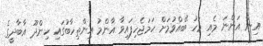
އިން އަންނަ މެއި މަހު ބޭއްވުމަށް ހަމަޖެހިފައިވާ އާންމު އިންތިހާބުގައި ހިންދޫ އާބާދީގެ